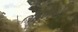
તામિમી